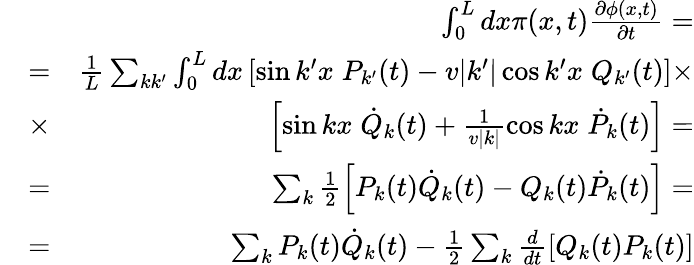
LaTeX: \begin{array}{rlr}&{}&{\ \int_{0}^{L}dx\pi(x,t)\frac{\partial\phi(x,t)}{\partial t}=}\\ &{=}&{\frac{1}{L}\sum_{kk^{\prime}}\int_{0}^{L}dx\left[\sin k^{\prime}x\; P_{k^{\prime}}(t)-v|k^{\prime}|\cos k^{\prime}x\; Q_{k^{\prime}}(t)\right]\times}\\ &{\times}&{\left[\sin kx\; \dot{Q}_{k}(t)+\frac{1}{v|k|}\cos kx\; \dot{P}_{k}(t)\right]=}\\ &{=}&{\sum_{k}\frac{1}{2}\left[P_{k}(t)\dot{Q}_{k}(t)-Q_{k}(t)\dot{P}_{k}(t)\right]=}\\ &{=}&{\sum_{k}P_{k}(t)\dot{Q}_{k}(t)-\frac{1}{2}\sum_{k}\frac{d}{dt}[Q_{k}(t)P_{k}(t)]}\end{array}